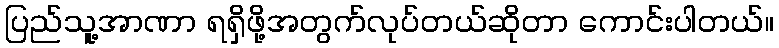
ပြည်သူ့အာဏာ ရရှိဖို့အတွက်လုပ်တယ်ဆိုတာ ကောင်းပါတယ်။